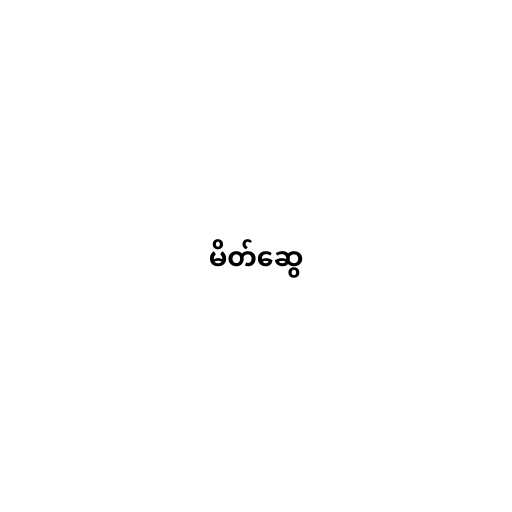
မိတ်ဆွေ